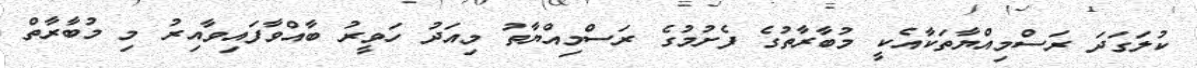
ކުލަގަދަ ރަސްމިއްޔާތަކާއެކީ މުބާރާތުގެ ފެށުމުގެ ރަސްމިއްޔާތު މިއަދު ހަވީރު ބާއްވާފައިވާއިރު މި މުބާރާތް